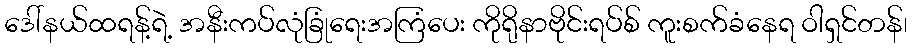
ဒေါ်နယ်ထရန့်ရဲ့ အနီးကပ်လုံခြုံရေးအကြံပေး ကိုရိုနာဗိုင်းရပ်စ် ကူးစက်ခံနေရ ဝါရှင်တန်၊